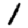
Digit: 1